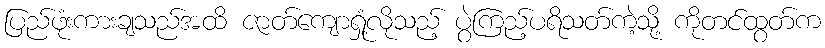
ပြည်ဖုံးကားချသည်အထိ ဇာတ်ကျောရှုံ့လိုသည့် ပွဲကြည့်ပရိသတ်ကဲ့သို့ ကိုတင်ထွတ်က